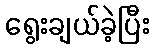
ရွေးချယ်ခဲ့ပြီး